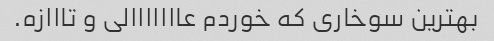
بهترین سوخاری که خوردم عااااااالی و تااازه.